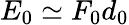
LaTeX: E_{0}\simeq F_{0}d_{0}